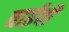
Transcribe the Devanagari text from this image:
वाईवी